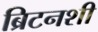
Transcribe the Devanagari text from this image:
ब्रिटनशी